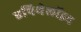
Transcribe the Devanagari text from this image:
एपिथेलॉइड